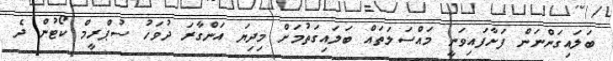
ބަލައިގަންނަން ފަށާފައިވަނީ މައްސަލަތައް ބަލައިގަތުމަށް މިދިޔަ އަންގާރަ ދުވަހު ސުޕްރީމް ކޯޓުން ދެ